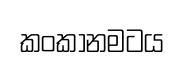
කංකානමටය